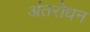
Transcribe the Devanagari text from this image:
अंतरोधन